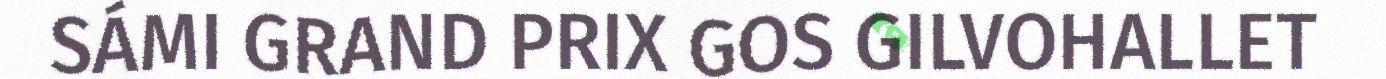
SÁMI GRAND PRIX GOS GILVOHALLET